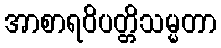
အာစာရဝိပတ္တိသမ္မတာ